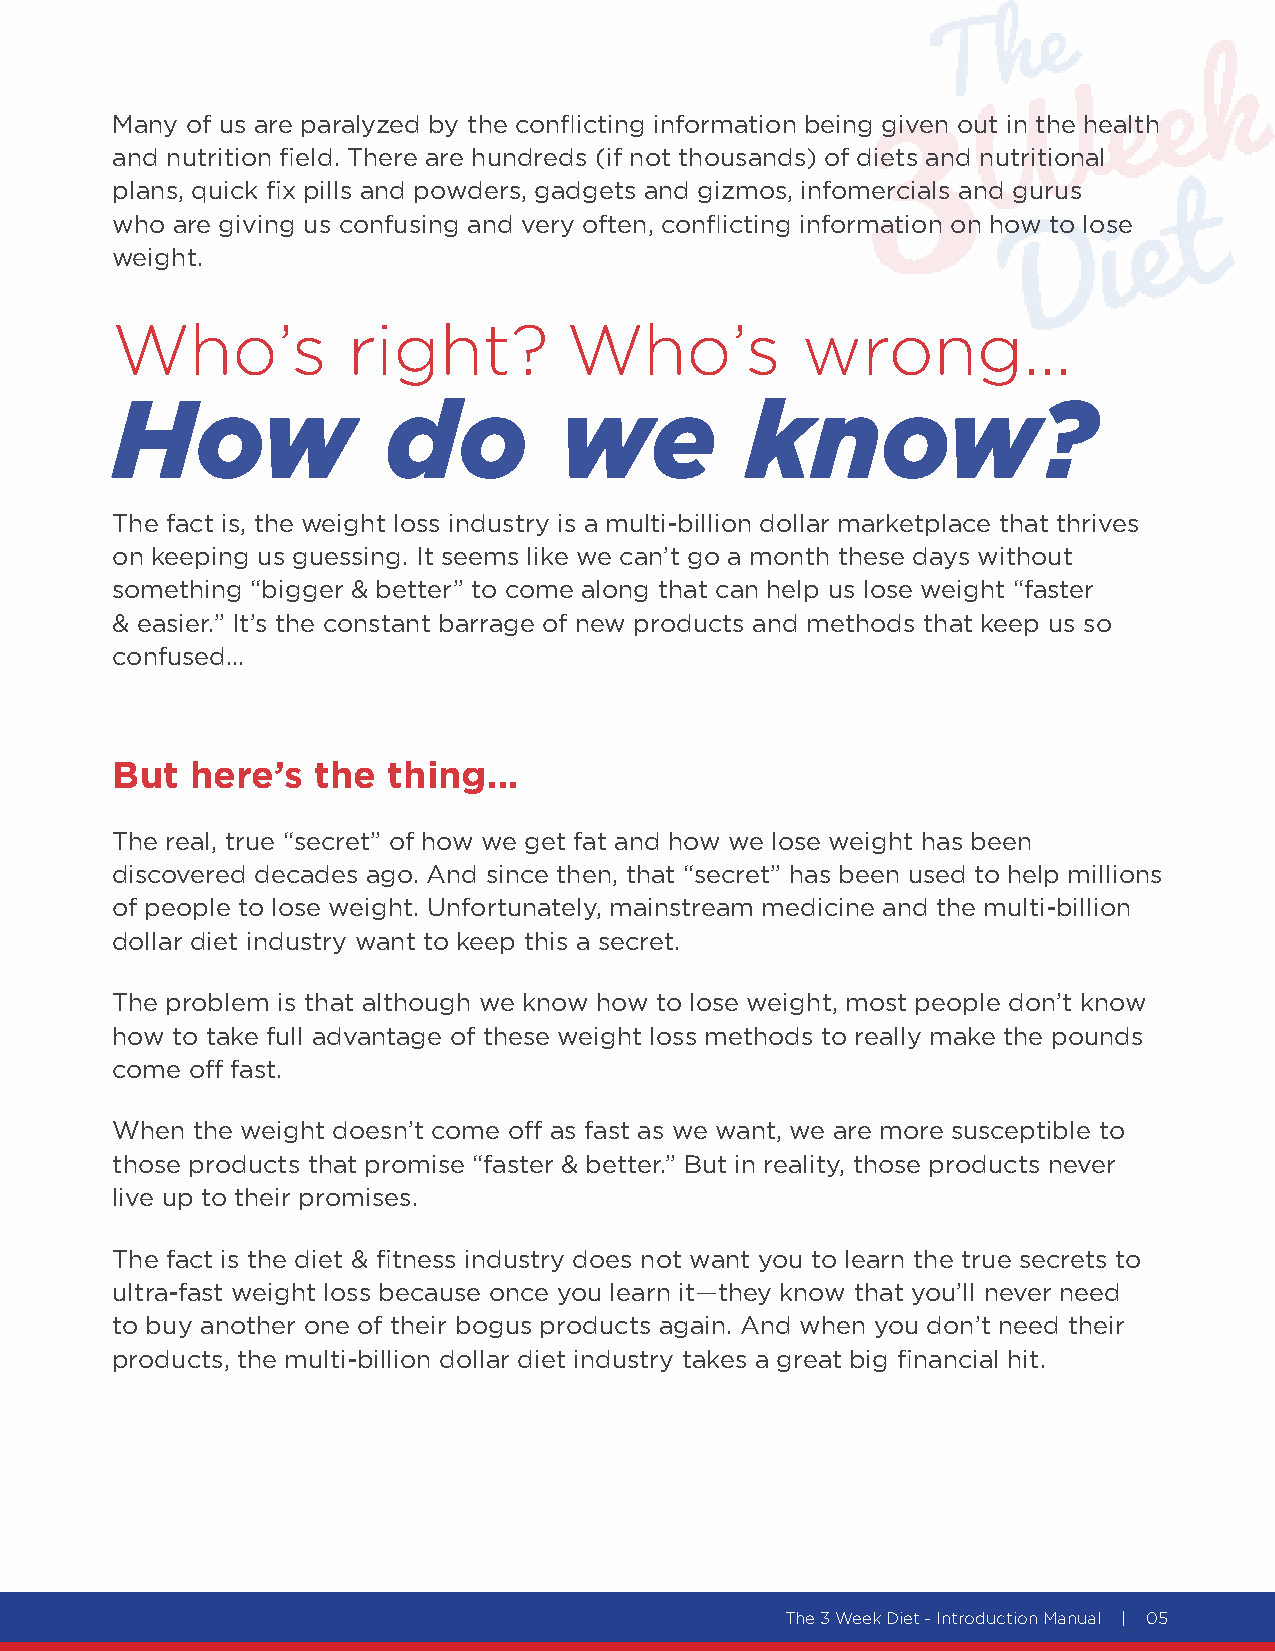
Many of us are paralyzed by the conflicting information being given out in the health
 and nutrition field. There are hundreds (if not thousands) of diets and nutritional
 plans, quick fix pills and powders, gadgets and gizmos, infomercials and gurus
 who are giving us confusing and very often, conflicting information on how to lose
 weight.
 Who’s           right?         Who’s          wrong...
 How               do          we          know?
 The fact is, the weight loss industry is a multi-billion dollar marketplace that thrives
 on keeping us guessing. It seems like we can’t go a month these days without
 something “bigger & better” to come along that can help us lose weight “faster
 & easier.” It’s the constant barrage of new products and methods that keep us so
 confused…
 But   here’s  the  thing…
 The real, true “secret” of how we get fat and how we lose weight has been
 discovered decades ago. And since then, that “secret” has been used to help millions
 of people to lose weight. Unfortunately, mainstream medicine and the multi-billion
 dollar diet industry want to keep this a secret.
 The problem is that although we know how to lose weight, most people don’t know
 how to take full advantage of these weight loss methods to really make the pounds
 come off fast.
 When  the weight doesn’t come off as fast as we want, we are more susceptible to
 those products that promise “faster & better.” But in reality, those products never
 live up to their promises.
 The fact is the diet & fitness industry does not want you to learn the true secrets to
 ultra-fast weight loss because once you learn it—they know that you’ll never need
 to buy another one of their bogus products again. And when you don’t need their
 products, the multi-billion dollar diet industry takes a great big financial hit.
 The 3 Week Diet - Introduction Manual | 05